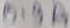
Text: 0.9A